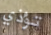
تؤذي